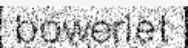
bowerlet